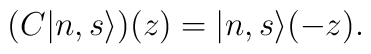
\bigl(C|n,s\rangle\bigr)(z) =|n,s\rangle(-z).